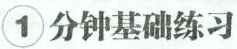
1 分钟基础练习